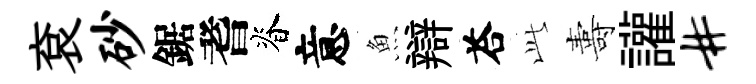
袞砂鋸耆脊意魚辯荅𬼘夀讙#